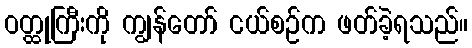
ဝတ္ထုကြီးကို ကျွန်တော် ငယ်စဉ်က ဖတ်ခဲ့ရသည်။